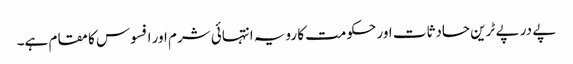
پے در پے ٹرین حادثات اور حکومت کا رویہ انتہائی شرم اور افسوس کا مقام ہے۔